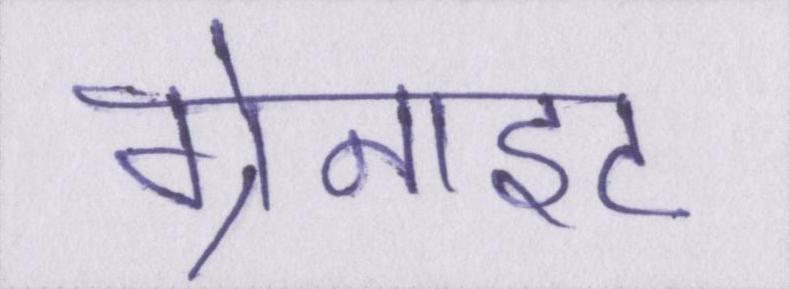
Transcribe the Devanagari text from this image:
ग्रेनाइट